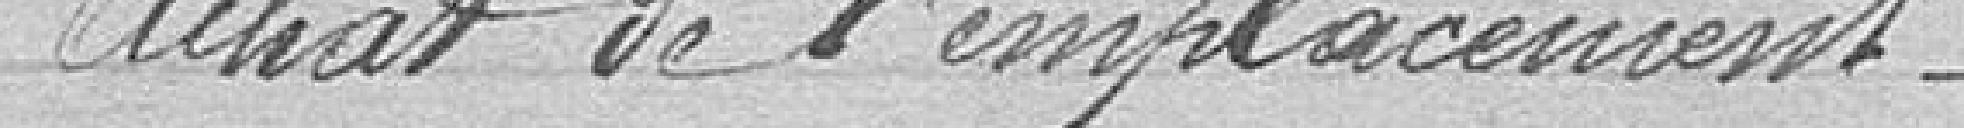
Achat de l'emplacement